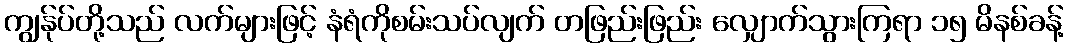
ကျွန်ုပ်တို့သည် လက်များဖြင့် နံရံကိုစမ်းသပ်လျက် တဖြည်းဖြည်း လျှောက်သွားကြရာ ၁၅ မိနစ်ခန့်